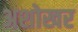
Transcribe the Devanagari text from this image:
अशोखर